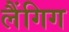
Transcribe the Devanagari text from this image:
लैंगिग